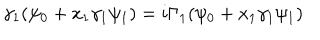
\gamma _ { 1 } ( \psi _ { 0 } + x _ { 1 } \gamma _ { 1 } \psi _ { 1 } ) = i \Gamma _ { 1 } ( \psi _ { 0 } + x _ { 1 } \gamma _ { 1 } \psi _ { 1 } )